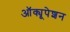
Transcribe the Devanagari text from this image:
ऑक्यूपेशन